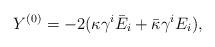
LaTeX: \begin{align*}Y^{(0)} = -2 (\kappa \gamma^{i} \bar{E}_{i} + \bar{\kappa} \gamma^{i} E_{i}) ,\end{align*}